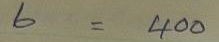
6 = 400